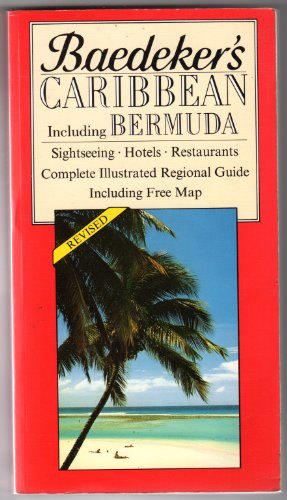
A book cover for Baedeker's Caribbean including Bermuda (Baedeker guides); Jarrold Baedeker; Travel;